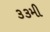
૩૩મી